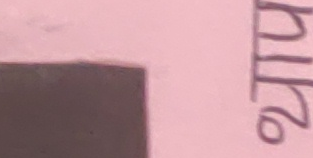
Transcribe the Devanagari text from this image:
२१४